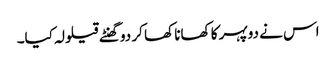
اس نے دوپہر کا کھانا کھا کر دو گھنٹے قیلولہ کیا۔